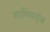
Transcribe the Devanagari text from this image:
माणिकपुंज